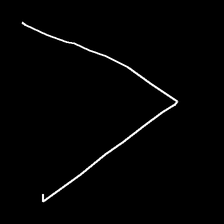
Glyph: region